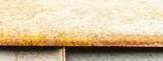
مخرج رقم ١